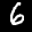
Label: 6